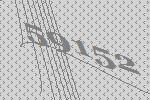
59152